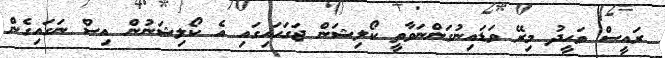
ރައީސް ވަހީދު މިރޭ ވަޑައިނުގަންނަވާތީ ކޯލިޝަން ޖަގަހައިގައި އެ ކޯލިޝަނުން އިސް ނަގައިގެން